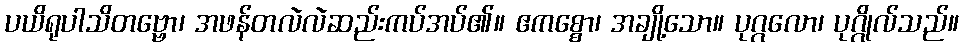
ပယိရုပါသိတဗ္ဗော၊ အဖန်တလဲလဲဆည်းကပ်အပ်၏။ ဧကစ္စော၊ အချို့သော။ ပုဂ္ဂလော၊ ပုဂ္ဂိုလ်သည်။